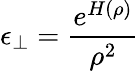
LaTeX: \epsilon_{\perp}=\frac{e^{H(\rho)}}{\rho^{2}}